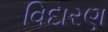
વિદારણ